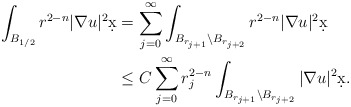
\begin{align*}\int_{B_{1/2}} r^{2-n} |\nabla u|^2 \d x &= \sum_{j = 0}^{\infty} \int_{B_{r_{j+1}} \setminus B_{r_{j+2}}} r^{2-n} |\nabla u|^2 \d x\\& \leq C \sum_{j = 0}^{\infty} r_j^{2-n} \int_{B_{r_{j+1}} \setminus B_{r_{j+2}}} |\nabla u|^2 \d x.\end{align*}